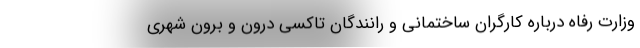
وزارت رفاه درباره کارگران ساختمانی و رانندگان تاکسی درون و برون شهری